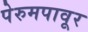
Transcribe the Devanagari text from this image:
पेरुमपावूर